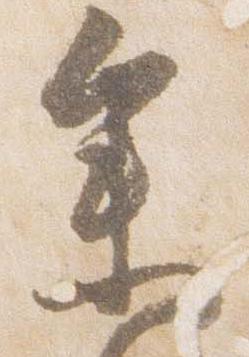
参